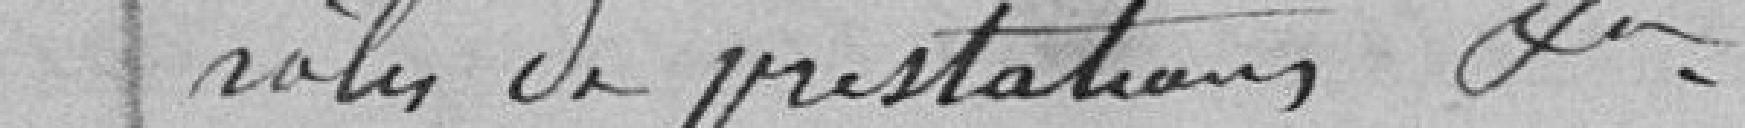
Rôles de prestation etc